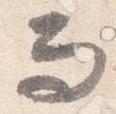
而